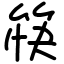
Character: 筷